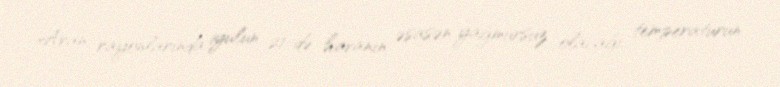
Aran rayonlarında iyulun 21-də havanın əsasən yağmursuz olacağı, temperaturun